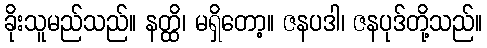
ခိုးသူမည်သည်။ နတ္ထိ၊ မရှိတော့။ ဇနပဒါ၊ ဇနပုဒ်တို့သည်။